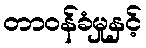
တာဝန်ခံမှုနှင့်